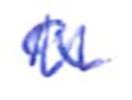
Text: a
Cross-out: zig-zag
Writing tool: ballpoint